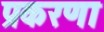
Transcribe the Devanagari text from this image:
प्रकरणा